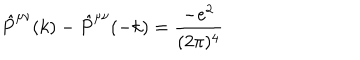
\hat { P } ^ { \mu \nu } ( k ) - \hat { P } ^ { \mu \nu } ( - k ) = \frac { - e ^ { 2 } } { ( 2 \pi ) ^ { 4 } }